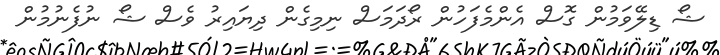
ޝޯ ޑިލޭވަމުން ގޮސް އެންމެފަހުން ރޯދަމަސް ނިމިގެން ދިޔައިރު ވެސް ޝޯ ނުފެނުމުން